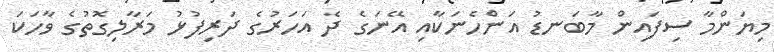
މިޔަންމާ ސިފައިން މާބަނޑު އަންހެނަކާއި އޭނަގެ ދެ އަހަރުގެ ދަރިފުޅު މަރާލިގޮތުގެ ވާހަކަ